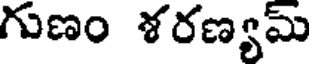
గుణం శరణ్యమ్